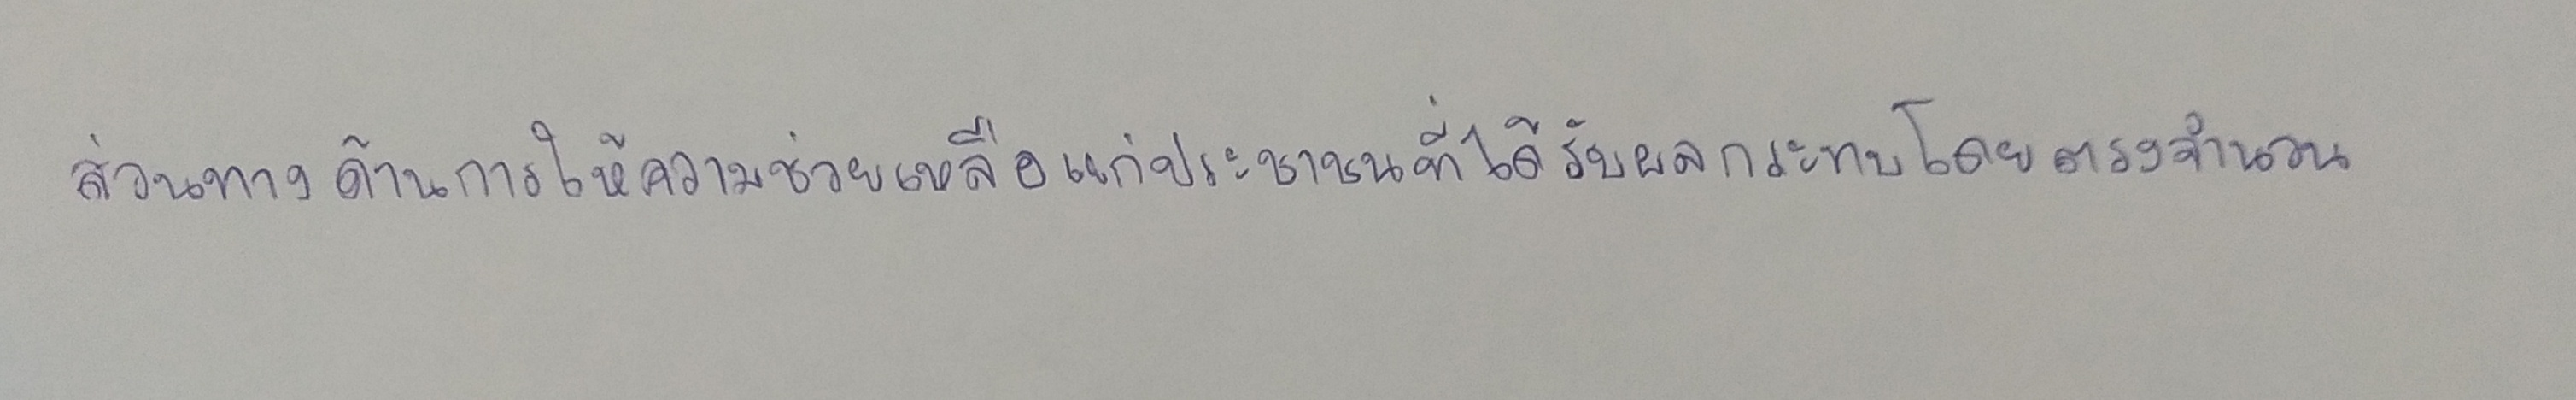
ส่วนทางด้านการให้ความช่วยเหลือแก่ประชาชนที่ได้รับผลกระทบโดยตรงจำนวน